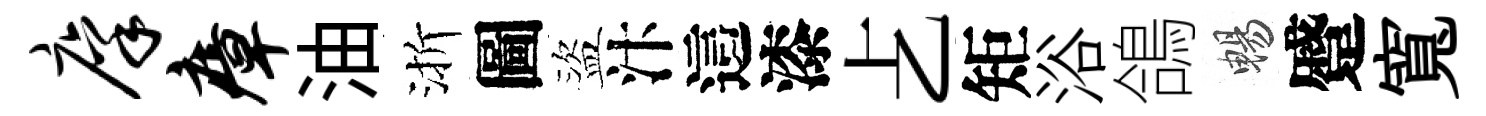
廪瘴油渐圖盜汴這漆𠧒矩浴鴿暢蹙寬